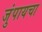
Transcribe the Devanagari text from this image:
जुंपायचा